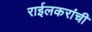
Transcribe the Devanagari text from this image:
राईलकरांची